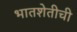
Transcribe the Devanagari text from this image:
भातशेतीची